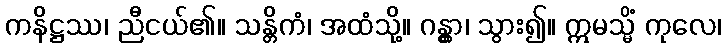
ကနိဋ္ဌဿ၊ ညီငယ်၏။ သန္တိကံ၊ အထံသို့။ ဂန္တွာ၊ သွား၍။ ဣမသ္မိံ ကုလေ၊